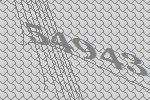
54943